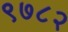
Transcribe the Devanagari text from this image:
९७८२